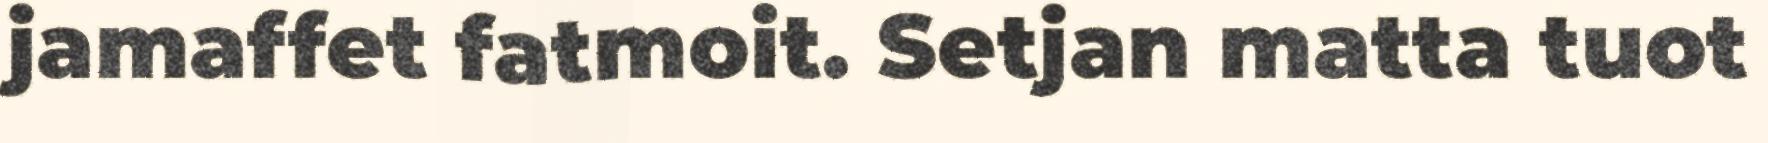
jamaffet fatmoit. Setjan matta tuot